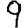
Digit: 9